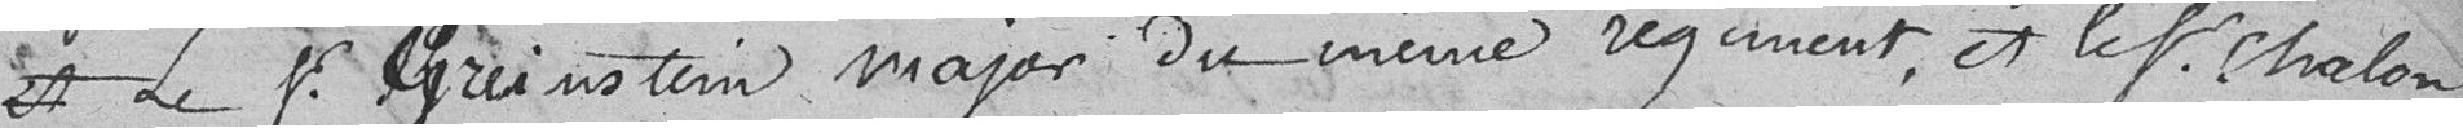
e sieur Greinstein major du même régiment, et le sieur Chalon